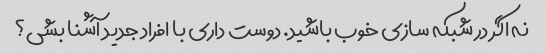
نه اگر در شبکه سازی خوب باشید. دوست داری با افراد جدید آشنا بشی؟